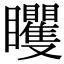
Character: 䂄